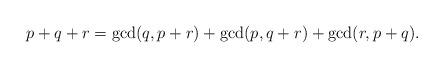
LaTeX: \begin{align*}p+q+r=\gcd(q,p+r)+\gcd(p,q+r)+\gcd(r,p+q). \end{align*}